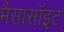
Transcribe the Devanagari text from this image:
मैसासॉइट